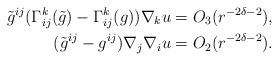
LaTeX: \begin{align*}\tilde{g}^{ij}(\Gamma^{k}_{ij}(\tilde{g}) - \Gamma^{k}_{ij}(g))\nabla_ku&=O_3(r^{-2\delta-2}),\\(\tilde{g}^{ij}-{g}^{ij})\nabla_j\nabla_iu&=O_2(r^{-2\delta-2}).\end{align*}